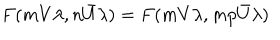
LaTeX: F ( m V \lambda , n \bar { U } \lambda ) = F ( m V \lambda , m p \bar { U } \lambda )